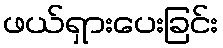
ဖယ်ရှားပေးခြင်း